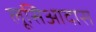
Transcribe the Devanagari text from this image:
लूसिआदास